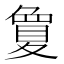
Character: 𡕷